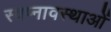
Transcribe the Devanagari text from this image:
स्वप्नावस्थाओं